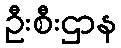
ဦးစီးဌာန